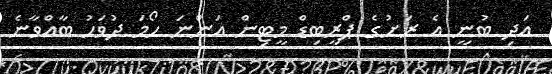
އަދި ބުނީ އެ ރަށުގެ ޕްރީބިޑް މީޓިން އަންނަ ހޯމަ ދުވަހު ބާއްވާނެ